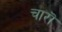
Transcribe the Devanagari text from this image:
चारॊ